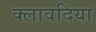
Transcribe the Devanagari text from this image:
क्लावदिया